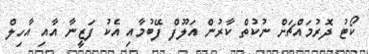
ކޯޓު ދޮރުމައްޗަށް ނުކުތް ކާރުން އަލޫފް ފޭބުމާއި އެކު ފަޒީނާ އާއި އާހިލް